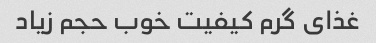
غذای گرم کیفیت خوب حجم زیاد